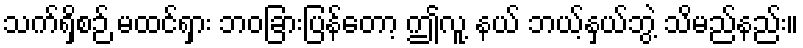
သက်ရှိစဉ် မထင်ရှား ဘဝခြားပြန်တော့ ဤလူ့ နယ် ဘယ့်နှယ်ဘွဲ့ သိမည်နည်း။